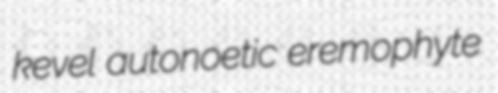
kevel autonoetic eremophyte